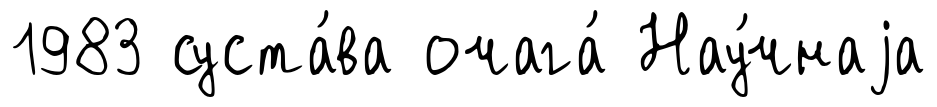
1983 суста́ва очага́ Нау́чнаjа